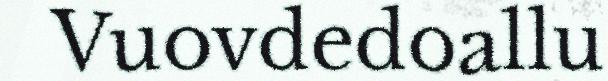
Vuovdedoallu